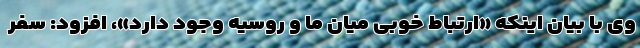
وی با بیان اینکه «ارتباط خوبی میان ما و روسیه وجود دارد»، افزود: سفر